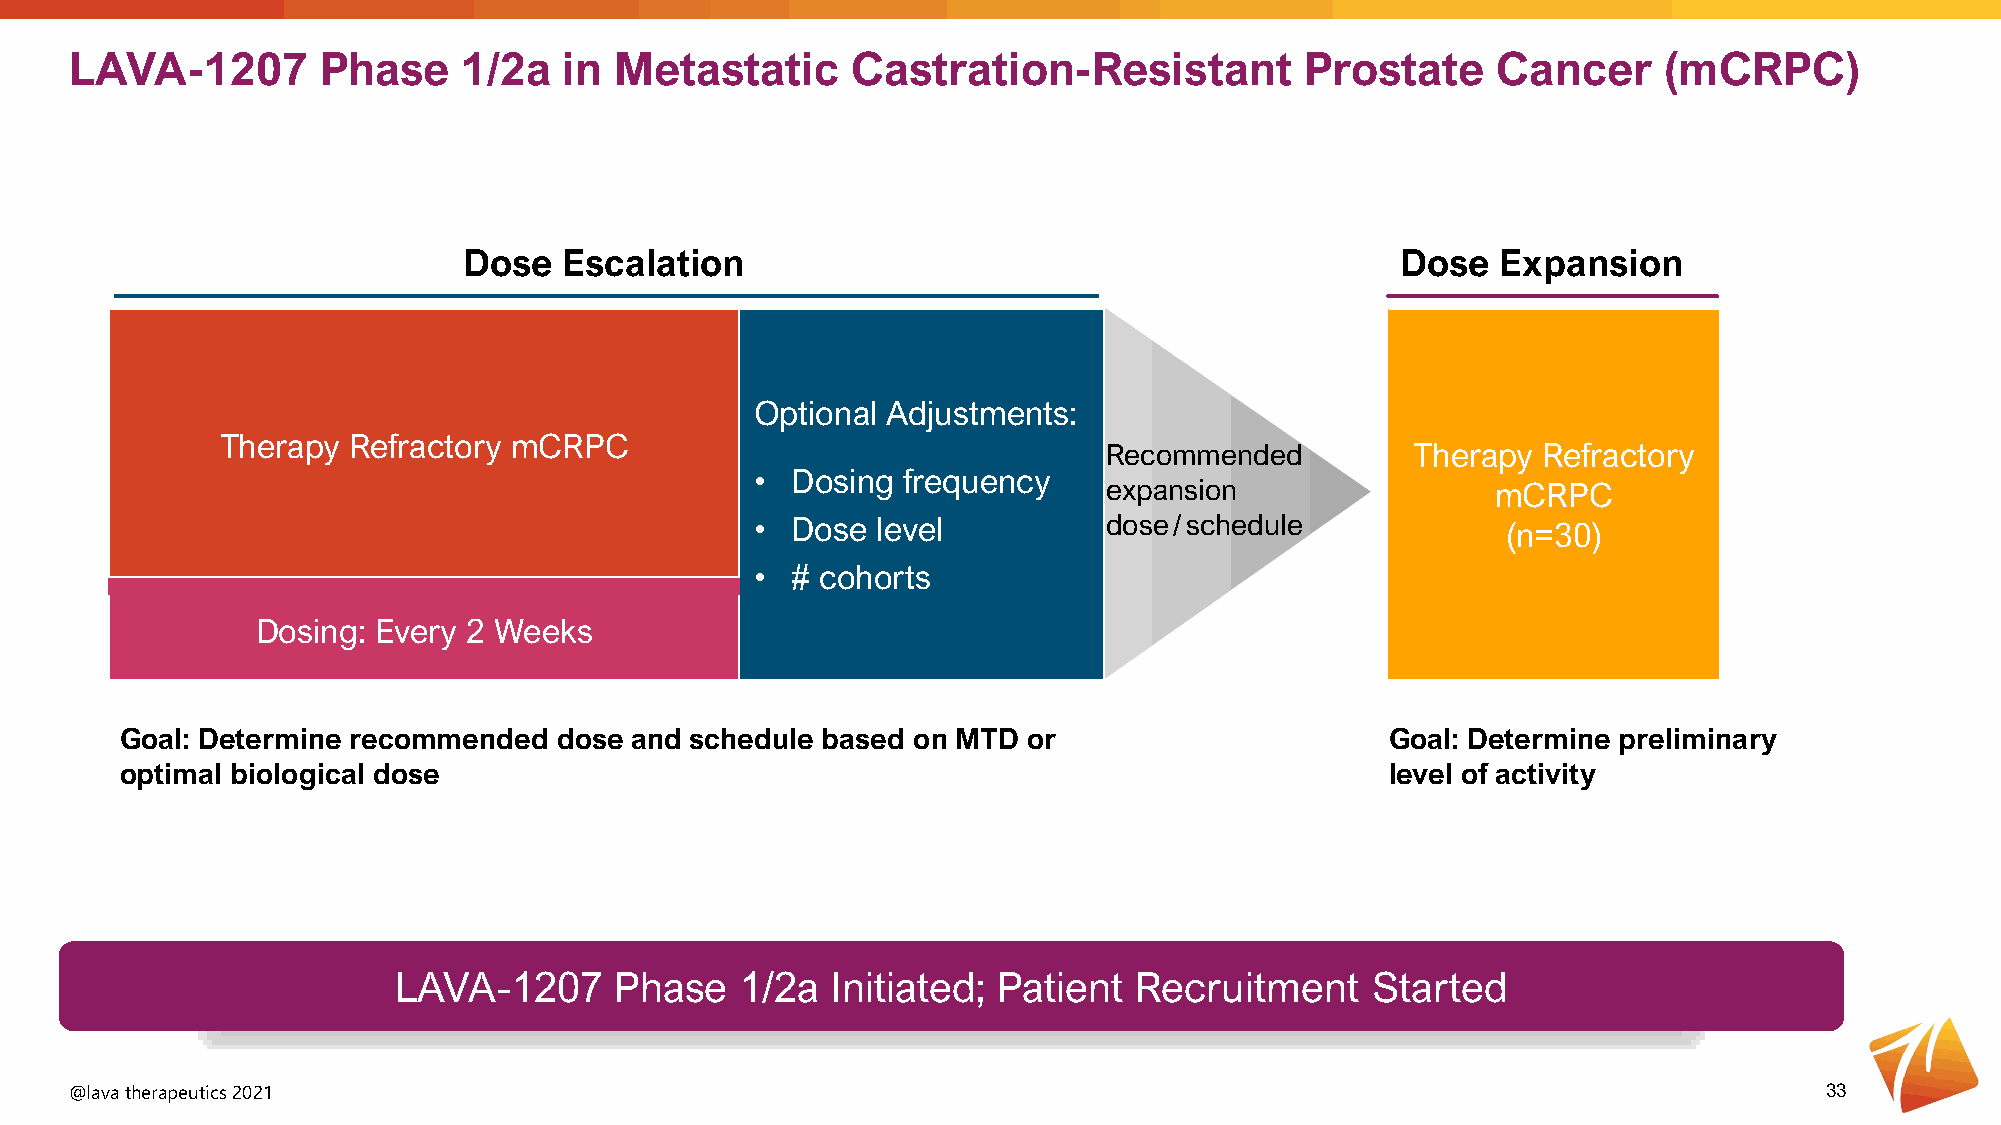
LAVA-1207       Phase     1/2a  in  Metastatic     Castration-Resistant          Prostate     Cancer     (mCRPC)
 Dose  Escalation                                              Dose  Expansion
 Optional Adjustments:
 Therapy Refractory mCRPC
 Recommended          Therapy Refractory
 • Dosing  frequency
 expansion                 mCRPC
 • Dose  level          dose/schedule              (n=30)
 • # cohorts
 Dosing: Every 2 Weeks
 Goal: Determine recommended  dose and schedule based on MTD or                      Goal: Determine preliminary
 optimal biological dose                                                             level of activity
 LAVA-1207      Phase   1/2a  Initiated; Patient  Recruitment     Started
 @lava therapeutics 2021                                                                                             33